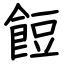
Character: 餖